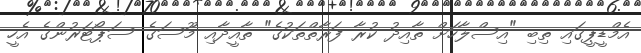
އެމްޑީޕީގައި ތިބި "އިސްލާހަށް ތާއިދު ކުރާ ފަރާތްތަކުގެ" ތާއީދާއި މޫސަގެ ސަޕޯޓަރުންގެ އެހީ